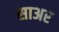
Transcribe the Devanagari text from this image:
साअर